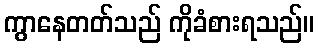
ကွာနေတတ်သည် ကိုခံစားရသည်။